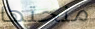
منحتها